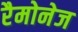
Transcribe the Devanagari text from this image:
रैमोनेज